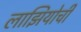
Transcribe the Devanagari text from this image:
लाझियोची